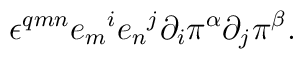
\epsilon^{qmn} {e_m}^i {e_n}^j \partial_i \pi^\alpha \partial_j \pi^\beta.